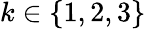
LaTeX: k\in\left\{ 1,2,3\right\}